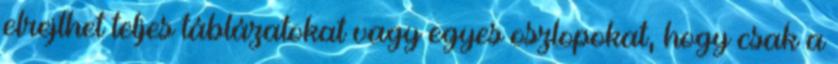
elrejthet teljes táblázatokat vagy egyes oszlopokat, hogy csak a